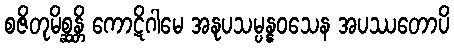
စဇိတုမိစ္ဆန္တိ ကောဋိဂါမေ အနုပသမ္ပန္နဝသေန အပဿတောပိ